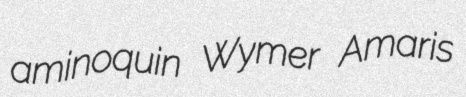
aminoquin Wymer Amaris